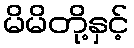
မိမိတို့နှင့်